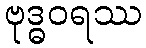
ဗုဒ္ဓဝရဿ